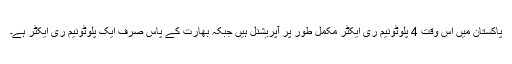
پاکستان میں اس وقت 4 پلوٹونیم ری ایکٹر مکمل طور پر آپریشنل ہیں جبکہ بھارت کے پاس صرف ایک پلوٹونیم ری ایکٹر ہے۔